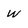
Character: w